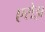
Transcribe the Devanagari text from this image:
एरोझ